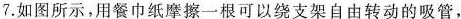
7.如图所示，用餐巾纸摩擦一根可以绕支架自由转动的吸管，